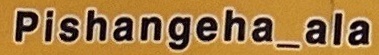
Pishangeha_ala